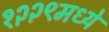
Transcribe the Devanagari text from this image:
१२२९मध्ये